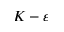
K - \varepsilon